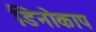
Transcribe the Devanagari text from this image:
डिनोकाप